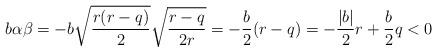
\begin{align*} b\alpha\beta = -b\sqrt{\frac{r(r-q)}{2}}\sqrt{\frac{r-q}{2r}} = -\frac{b}{2}(r-q) = -\frac{|b|}{2}r+\frac{b}{2}q < 0 \end{align*}